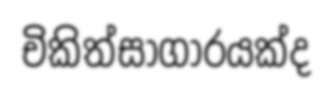
චිකිත්සාගාරයක්ද